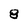
Character: 8